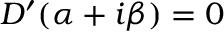
\begin{array} { r } { D ^ { \prime } ( \alpha + i \beta ) = 0 } \end{array}